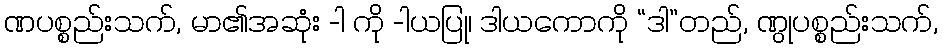
ဏပစ္စည်းသက်, မာ၏အဆုံး -ါ ကို -ါယပြု၊ ဒါယကောကို “ဒါ”တည်, ဏွုပစ္စည်းသက်,